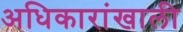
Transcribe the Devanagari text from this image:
अधिकारांखाली